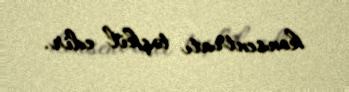
konsentratı təşkil edir.